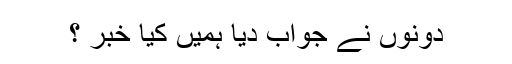
دونوں نے جواب دیا ہمیں کیا خبر ؟